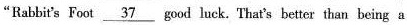
"Rabbit's Foot \underline{37} good luck. That's better than being a